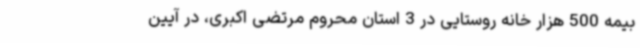
بیمه 500 هزار خانه روستایی در 3 استان محروم مرتضی اکبری، در آیین